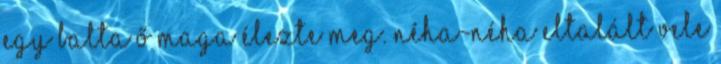
egy balta ő maga élezte meg. Néha-néha eltalált vele